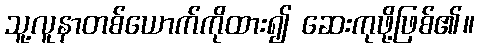
သူ့လူနာတစ်ယောက်ကိုထား၍ ဆေးကုဖို့ဖြစ်၏။